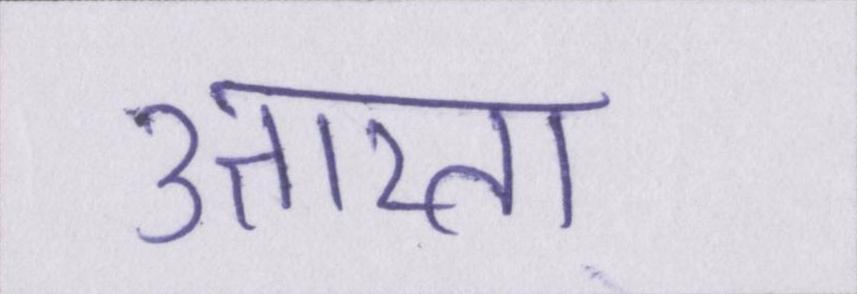
उतारता